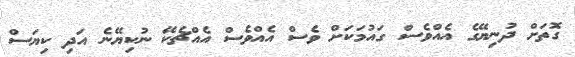
ގޮތަށް ދުނިޔޭގެ އެއްވެސް ގައުމަކަށް ވެސް އެއްވެސް އެއްޗެކޭ ނުކިޔޭނެ އަދި ކިޔަސް